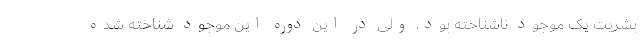
بشریت یک موجود ناشناخته بود، ولی در این دوره این موجود شناخته شده